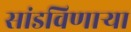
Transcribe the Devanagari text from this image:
सांडविणाऱ्या